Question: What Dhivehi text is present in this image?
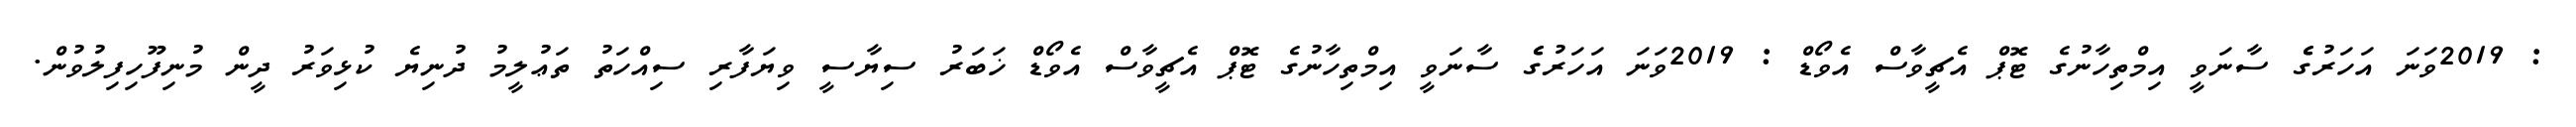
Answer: : 2019ވަނަ އަހަރުގެެ ސާނަވީ އިމްތިހާނުގެ ޓޮޕް އެޗީވާސް އެވޯޑް : 2019ވަނަ އަހަރުގެެ ސާނަވީ އިމްތިހާނުގެ ޓޮޕް އެޗީވާސް އެވޯޑް ޚަބަރު ސިޔާސީ ވިޔަފާރި ސިއްހަތު ތަޢުލީމު ދުނިޔެ ކުޅިވަރު ދީން މުނިފޫހިފިލުވުން.